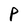
Character: P